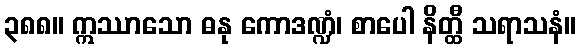
၃၈၈။ ဣဿာသော ဓနု ကောဒဏ္ဍံ၊ စာပေါ နိတ္ထီ သရာသနံ။